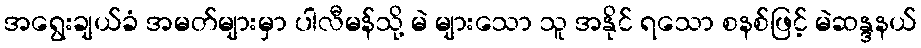
အရွေးချယ်ခံ အမတ်များမှာ ပါလီမန်သို့ မဲ များသော သူ အနိုင် ရသော စနစ်ဖြင့် မဲဆန္ဒနယ်